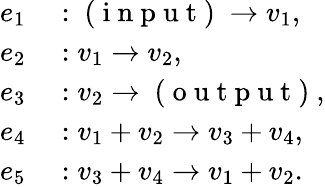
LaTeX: \begin{array}{rl}{e_{1}}&{{}:\mathrm{~(~i~n~p~u~t~)~}\to v_{1},}\\ {e_{2}}&{{}:v_{1}\to v_{2},}\\ {e_{3}}&{{}:v_{2}\to\mathrm{~(~o~u~t~p~u~t~)~},}\\ {e_{4}}&{{}:v_{1}+v_{2}\to v_{3}+v_{4},}\\ {e_{5}}&{{}:v_{3}+v_{4}\to v_{1}+v_{2}.}\end{array}